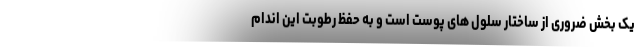
یک بخش ضروری از ساختار سلول های پوست است و به حفظ رطوبت این اندام